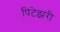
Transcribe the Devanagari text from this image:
पिटेझरी